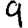
Digit: 9